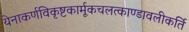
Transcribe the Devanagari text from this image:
येनाकर्णविकृष्टकार्मूकचलत्काण्डावलीकर्ति